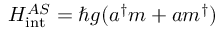
H _ { \mathrm { { i n t } } } ^ { A S } = \hbar g ( a ^ { \dagger } m + a m ^ { \dagger } )